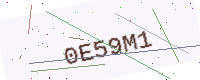
Text: 0E59M1